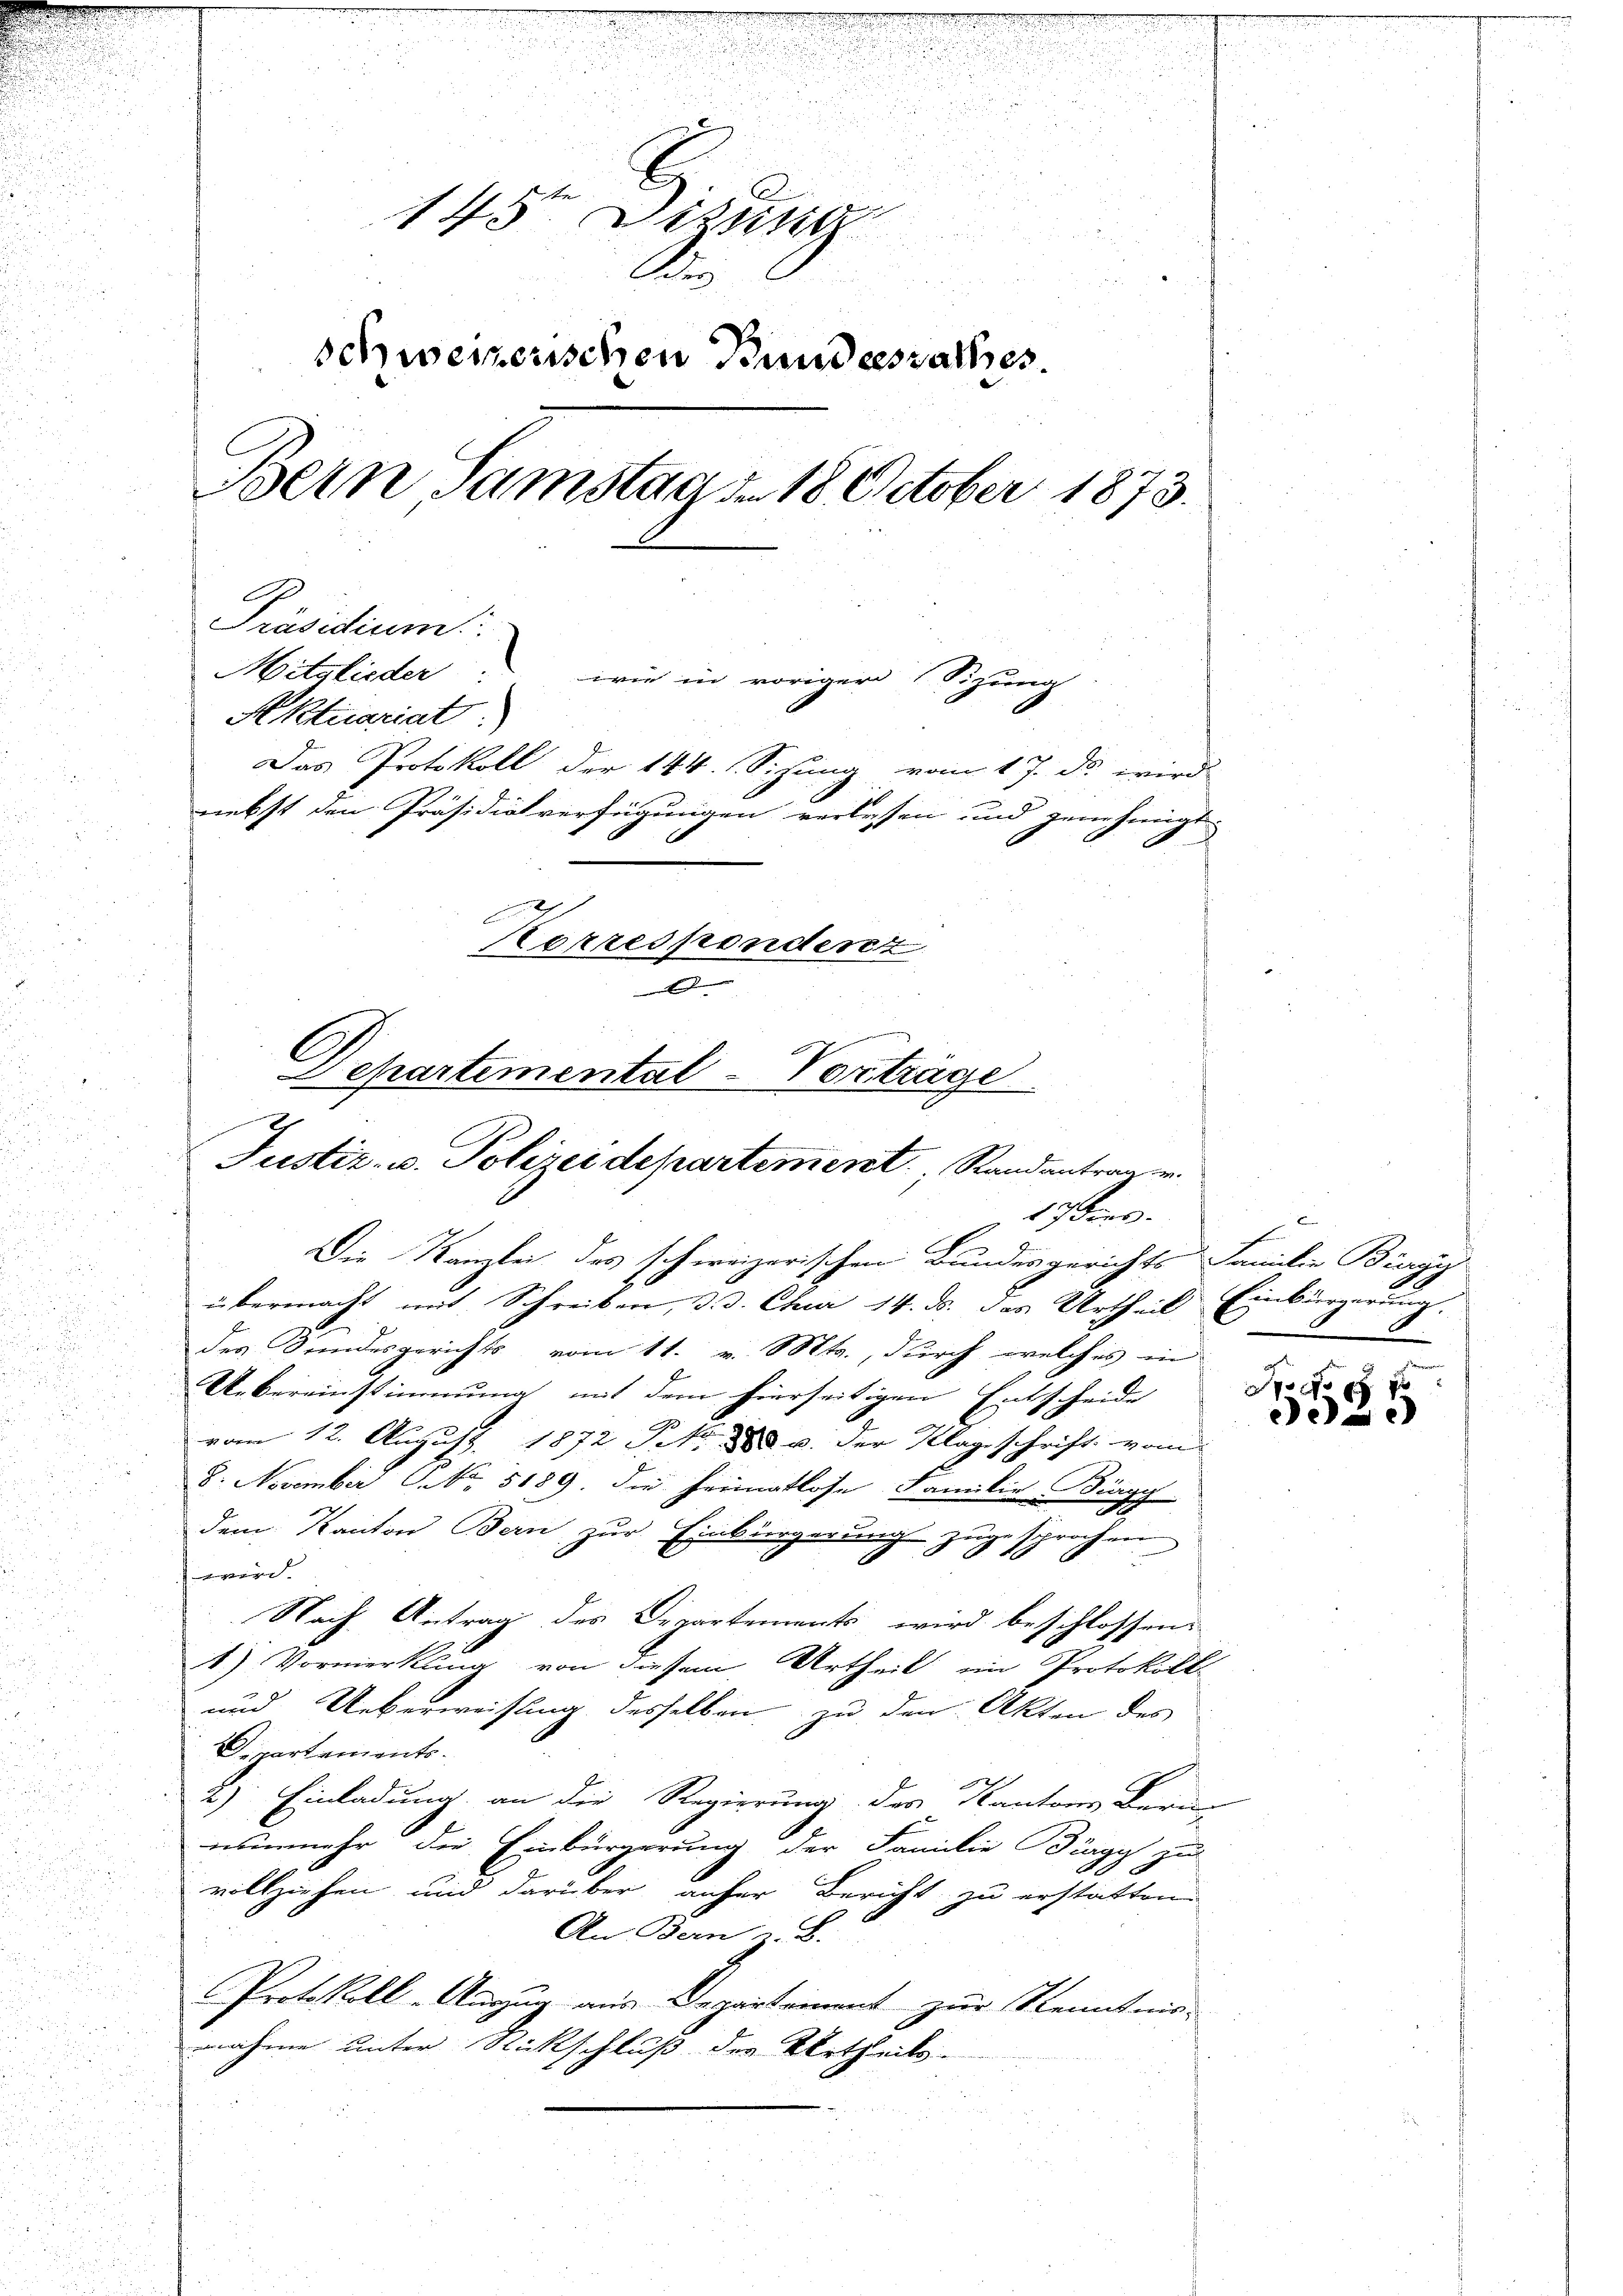
n
148. Dikti
d
Au
schweizerischen Bundesrathes.
Bern, Samstag d. 18 October 1873.
Präsidium
Mitglieder
wie in voriger Sitzung
Aktuariat
Das Protokoll der 144. Sizung vom 17. ds. wird.
nebst den Präsidialverfügungen verlesen und genehmigt
Korrespondenz
D
Separtemental-Vorträge

Justiz- u. Polizei departement, Randantrag er
17 dies
Die Kanzlei das schweizerischen Bundesgerichts Familie Bierg

u
übermacht mit Schreiben, d. d. Chur 14. ds. das Urtheil Einbürgerung,
des Bundesgerichts vom 11. v. Mts., durch welches in
Uebereinstimmung mit dem hierseitigen Entscheide
vom 12. August 1872 Fr. 1888 u. der Klage schrift vom
8. November No. 5189. die Heimatlose Familie Diagy
dem Kanton Bern zur Einbürgerung zugesprochen
B
wird.
Nach Antrag des Departements wird beschlossen.
1) Vormerkling von diesem Urtheil ein Protokoll
und Ueberweisung desselben zu den Akten des
Departements.
2) Einladung an die Regierung des Kantons Bern
nunmehr die Einbürgerung der Familie Bürgy zu
vollziehen und darüber anher Bericht zu erstatten
.
An Bern z. B.
.
Protokoll-Auszug aus Departement zur Kenntnis-
nahme unter Rückschluß der Urtheils-
d
u

Spo o p
e